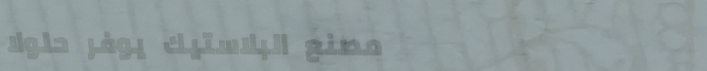
مصنع البلاستيك يوفر حلولا